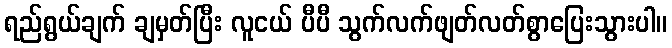
ရည်ရွယ်ချက် ချမှတ်ပြီး လူငယ် ပီပီ သွက်လက်ဖျတ်လတ်စွာပြေးသွားပါ။